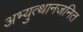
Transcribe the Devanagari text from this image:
अभ्युत्थानजनित